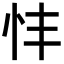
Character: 𢗒